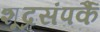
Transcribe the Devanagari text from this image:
शूद्रसंपर्कै